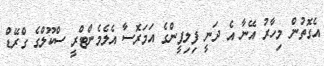
އެގޮތުން މިހާރު އޭނާ އެ ދަނީ ފިލިޕީންގެ އަމަރޮސާ އެލެމެންޓްރީ ސްކޫލްގެ ގްރޭޑް